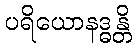
ပရိယောနဒ္ဓန္တိ